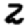
Digit: 2